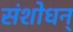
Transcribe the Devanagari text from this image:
संशोधन्